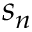
s _ { n }